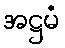
အဋ္ဌမံ